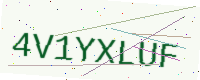
Text: 4V1YXLUF